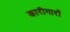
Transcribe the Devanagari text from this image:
कारीगारों